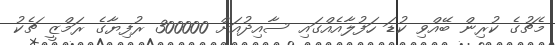
މެޗުގެ ކުރިން ބޭއްވި ކުޑަ ހަފުލާއެއްގައި ސާއިދުއަށް 300000 ރުފިޔާގެ ރަމްޒީ ޗެކު